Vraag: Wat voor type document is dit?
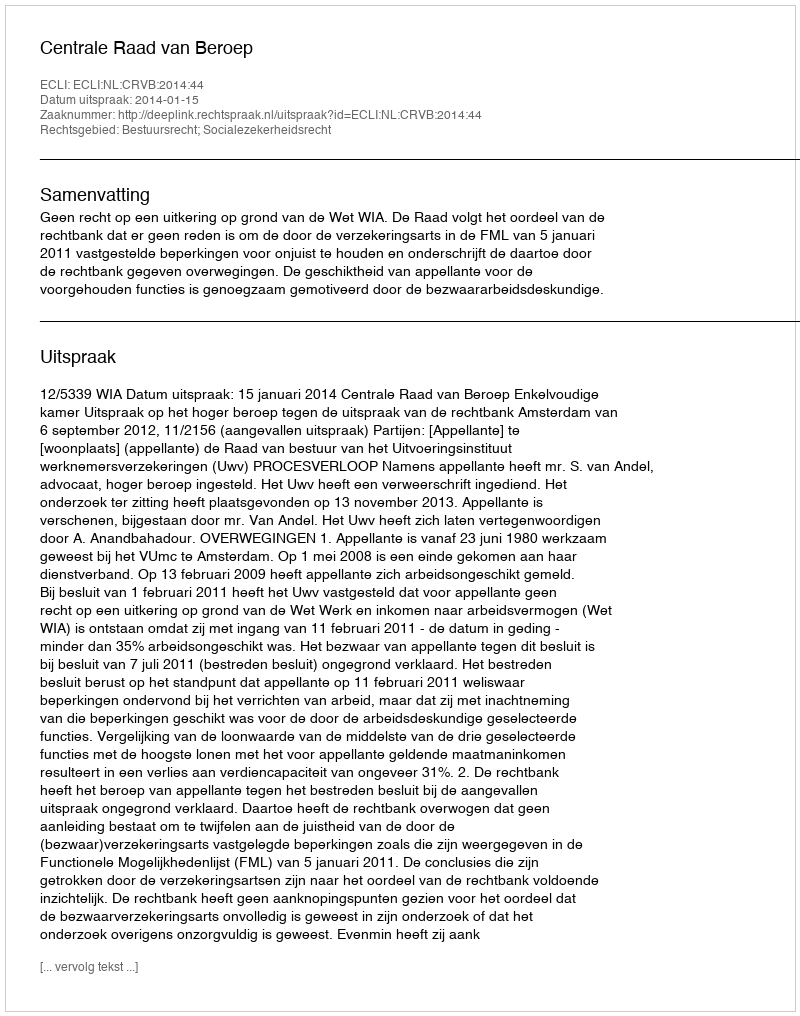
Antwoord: Uitspraak